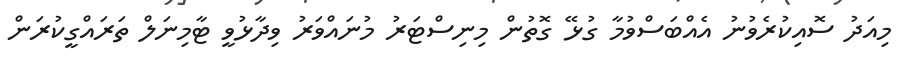
މިއަދު ސޮއިކުރެވުނު އެއްބަސްވުމާ ގުޅޭ ގޮތުން މިނިސްޓަރު މުނައްވަރު ވިދާޅުވީ ޓާމިނަލް ތަރައްގީކުރަން